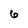
Character: 6